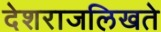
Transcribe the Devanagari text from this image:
देशराजलिखते